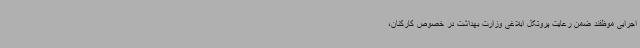
اجرایی موظفند ضمن رعایت پروتکل ابلاغی وزارت بهداشت در خصوص کارکنان،